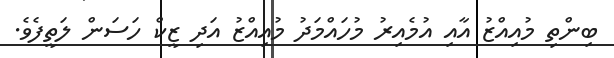
ބިންތި މުއިއްޒު އާއި އުމެއިރު މުހައްމަދު މުއިއްޒު އަދި ޒީކް ހަސަން ލަތީފެވެ.